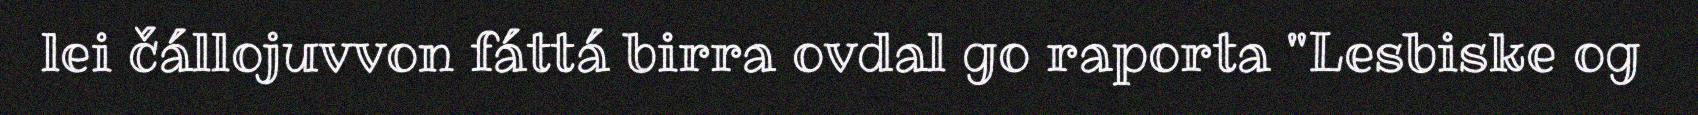
lei čállojuvvon fáttá birra ovdal go raporta "Lesbiske og